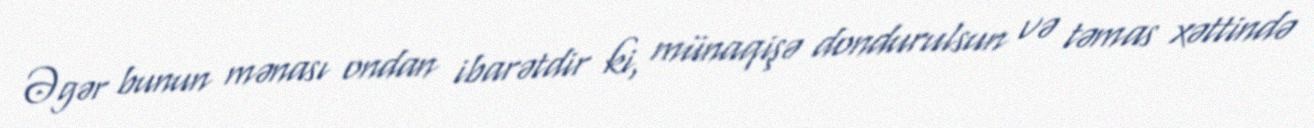
Əgər bunun mənası ondan ibarətdir ki, münaqişə dondurulsun və təmas xəttində